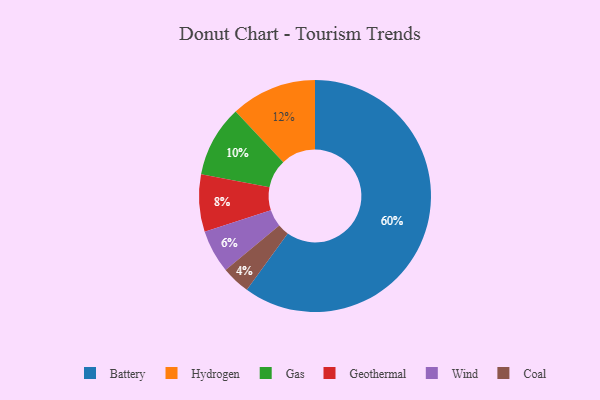
{"axis": {"x": "Category", "y": "Percentage"}, "legend": ["Battery", "Coal", "Gas", "Geothermal", "Hydrogen", "Wind"], "data": [{"x": "Coal", "y": 4, "type": "Coal"}, {"x": "Hydrogen", "y": 12, "type": "Hydrogen"}, {"x": "Geothermal", "y": 8, "type": "Geothermal"}, {"x": "Wind", "y": 6, "type": "Wind"}, {"x": "Battery", "y": 60, "type": "Battery"}, {"x": "Gas", "y": 10, "type": "Gas"}]}